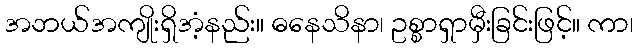
အဘယ်အကျိုးရှိအံ့နည်း။ ဓနေသိနာ၊ ဥစ္စာရှာမှီးခြင်းဖြင့်။ ကာ၊